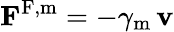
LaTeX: \mathbf{F}^{\mathrm{F,m}}=-\gamma_{\mathrm{m}}\, \mathbf{v}